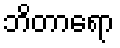
ဘိတာရော